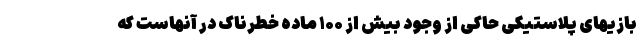
بازیهای پلاستیکی حاکی از وجود بیش از ۱۰۰ ماده خطرناک در آنهاست که